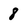
Character: 8